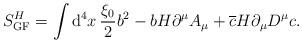
LaTeX: \begin{align*}S_\mathrm{GF}^{H} =\int \mathrm{d}^4x\, \frac{\xi_0 }{ 2}b^2 -b H \partial^\mu A_\mu +\overline c H \partial_\mu D^\mu c.\end{align*}